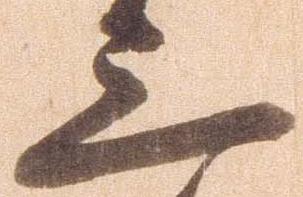
三